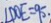
\angle D O E = 9 0 ^ { \circ } \cdot